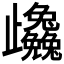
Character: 𭭼